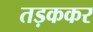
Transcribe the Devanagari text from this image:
तड़ककर